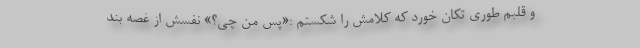
و قلبم طوری تکان خورد که کلامش را شکستم :«پس من چی؟» نفسش از غصه بند